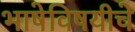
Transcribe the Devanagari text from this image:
भाषेविषयीचे